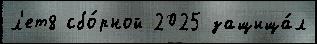
л'ет8 сбо́рной 2025 защища́л